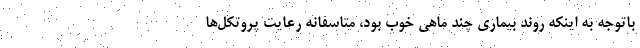
باتوجه به اینکه روند بیماری چند ماهی خوب بود، متاسفانه رعایت پروتکل‌ها